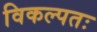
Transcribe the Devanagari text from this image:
विकल्पतः